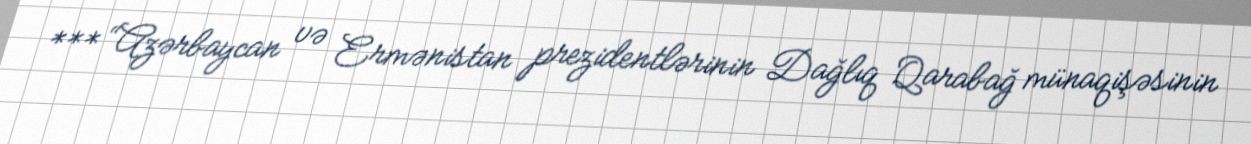
*** “Azərbaycan və Ermənistan prezidentlərinin Dağlıq Qarabağ münaqişəsinin